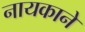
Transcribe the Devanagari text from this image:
नायकाने